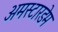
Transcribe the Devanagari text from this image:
अमस्टारडेम